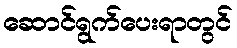
ဆောင်ရွက်ပေးရာတွင်